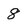
Character: 8